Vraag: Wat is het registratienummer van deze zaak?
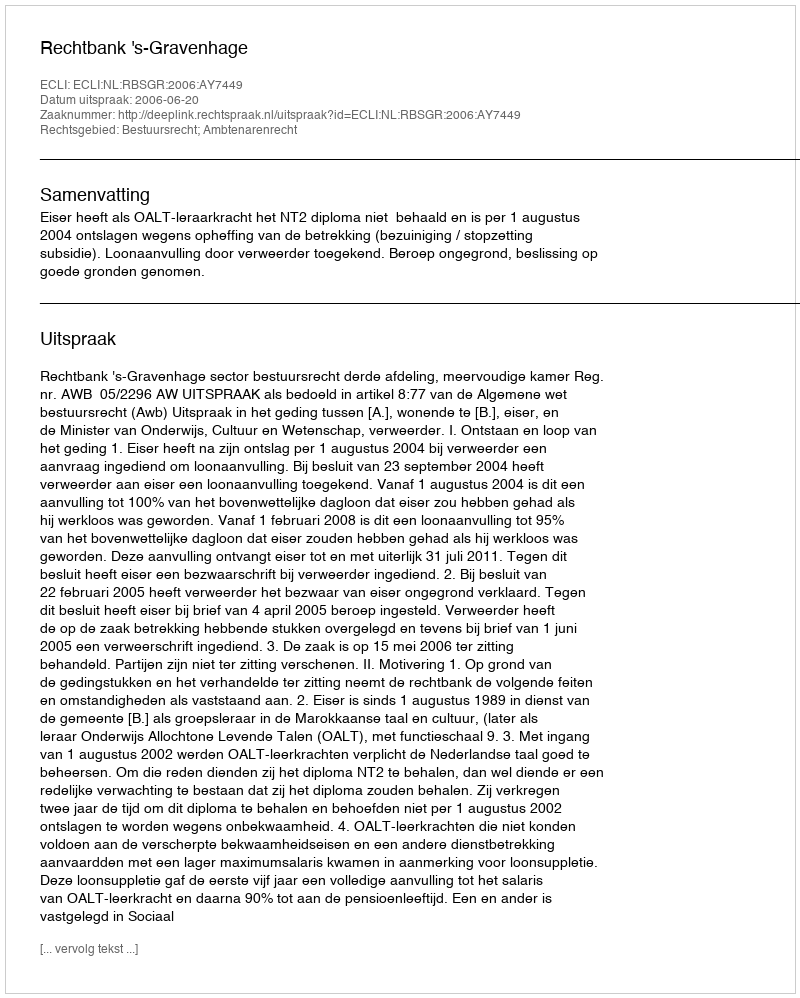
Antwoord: http://deeplink.rechtspraak.nl/uitspraak?id=ECLI:NL:RBSGR:2006:AY7449